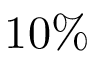
1 0 \%